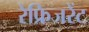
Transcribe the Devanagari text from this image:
रेफ्रिजरेंट